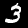
Digit: 3